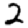
Digit: 2